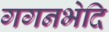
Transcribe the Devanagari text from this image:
गगनभेदि